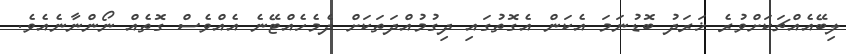
ލިބޭއެއްޗަކަށްވުރެ ޚަރަދު ބޮޑުނަމަ އެކަން އެގޮތުގައި ދިގުމުއްދަތަކަށް ދެމެހެއްޓޭނެ އެއްވެސް ގޮތެއް ނޯންނާނެއެވެ.